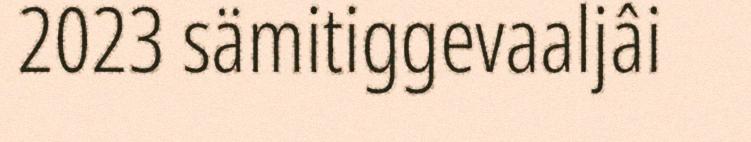
2023 sämitiggevaaljâi